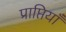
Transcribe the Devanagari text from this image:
प्राप्तियाँ